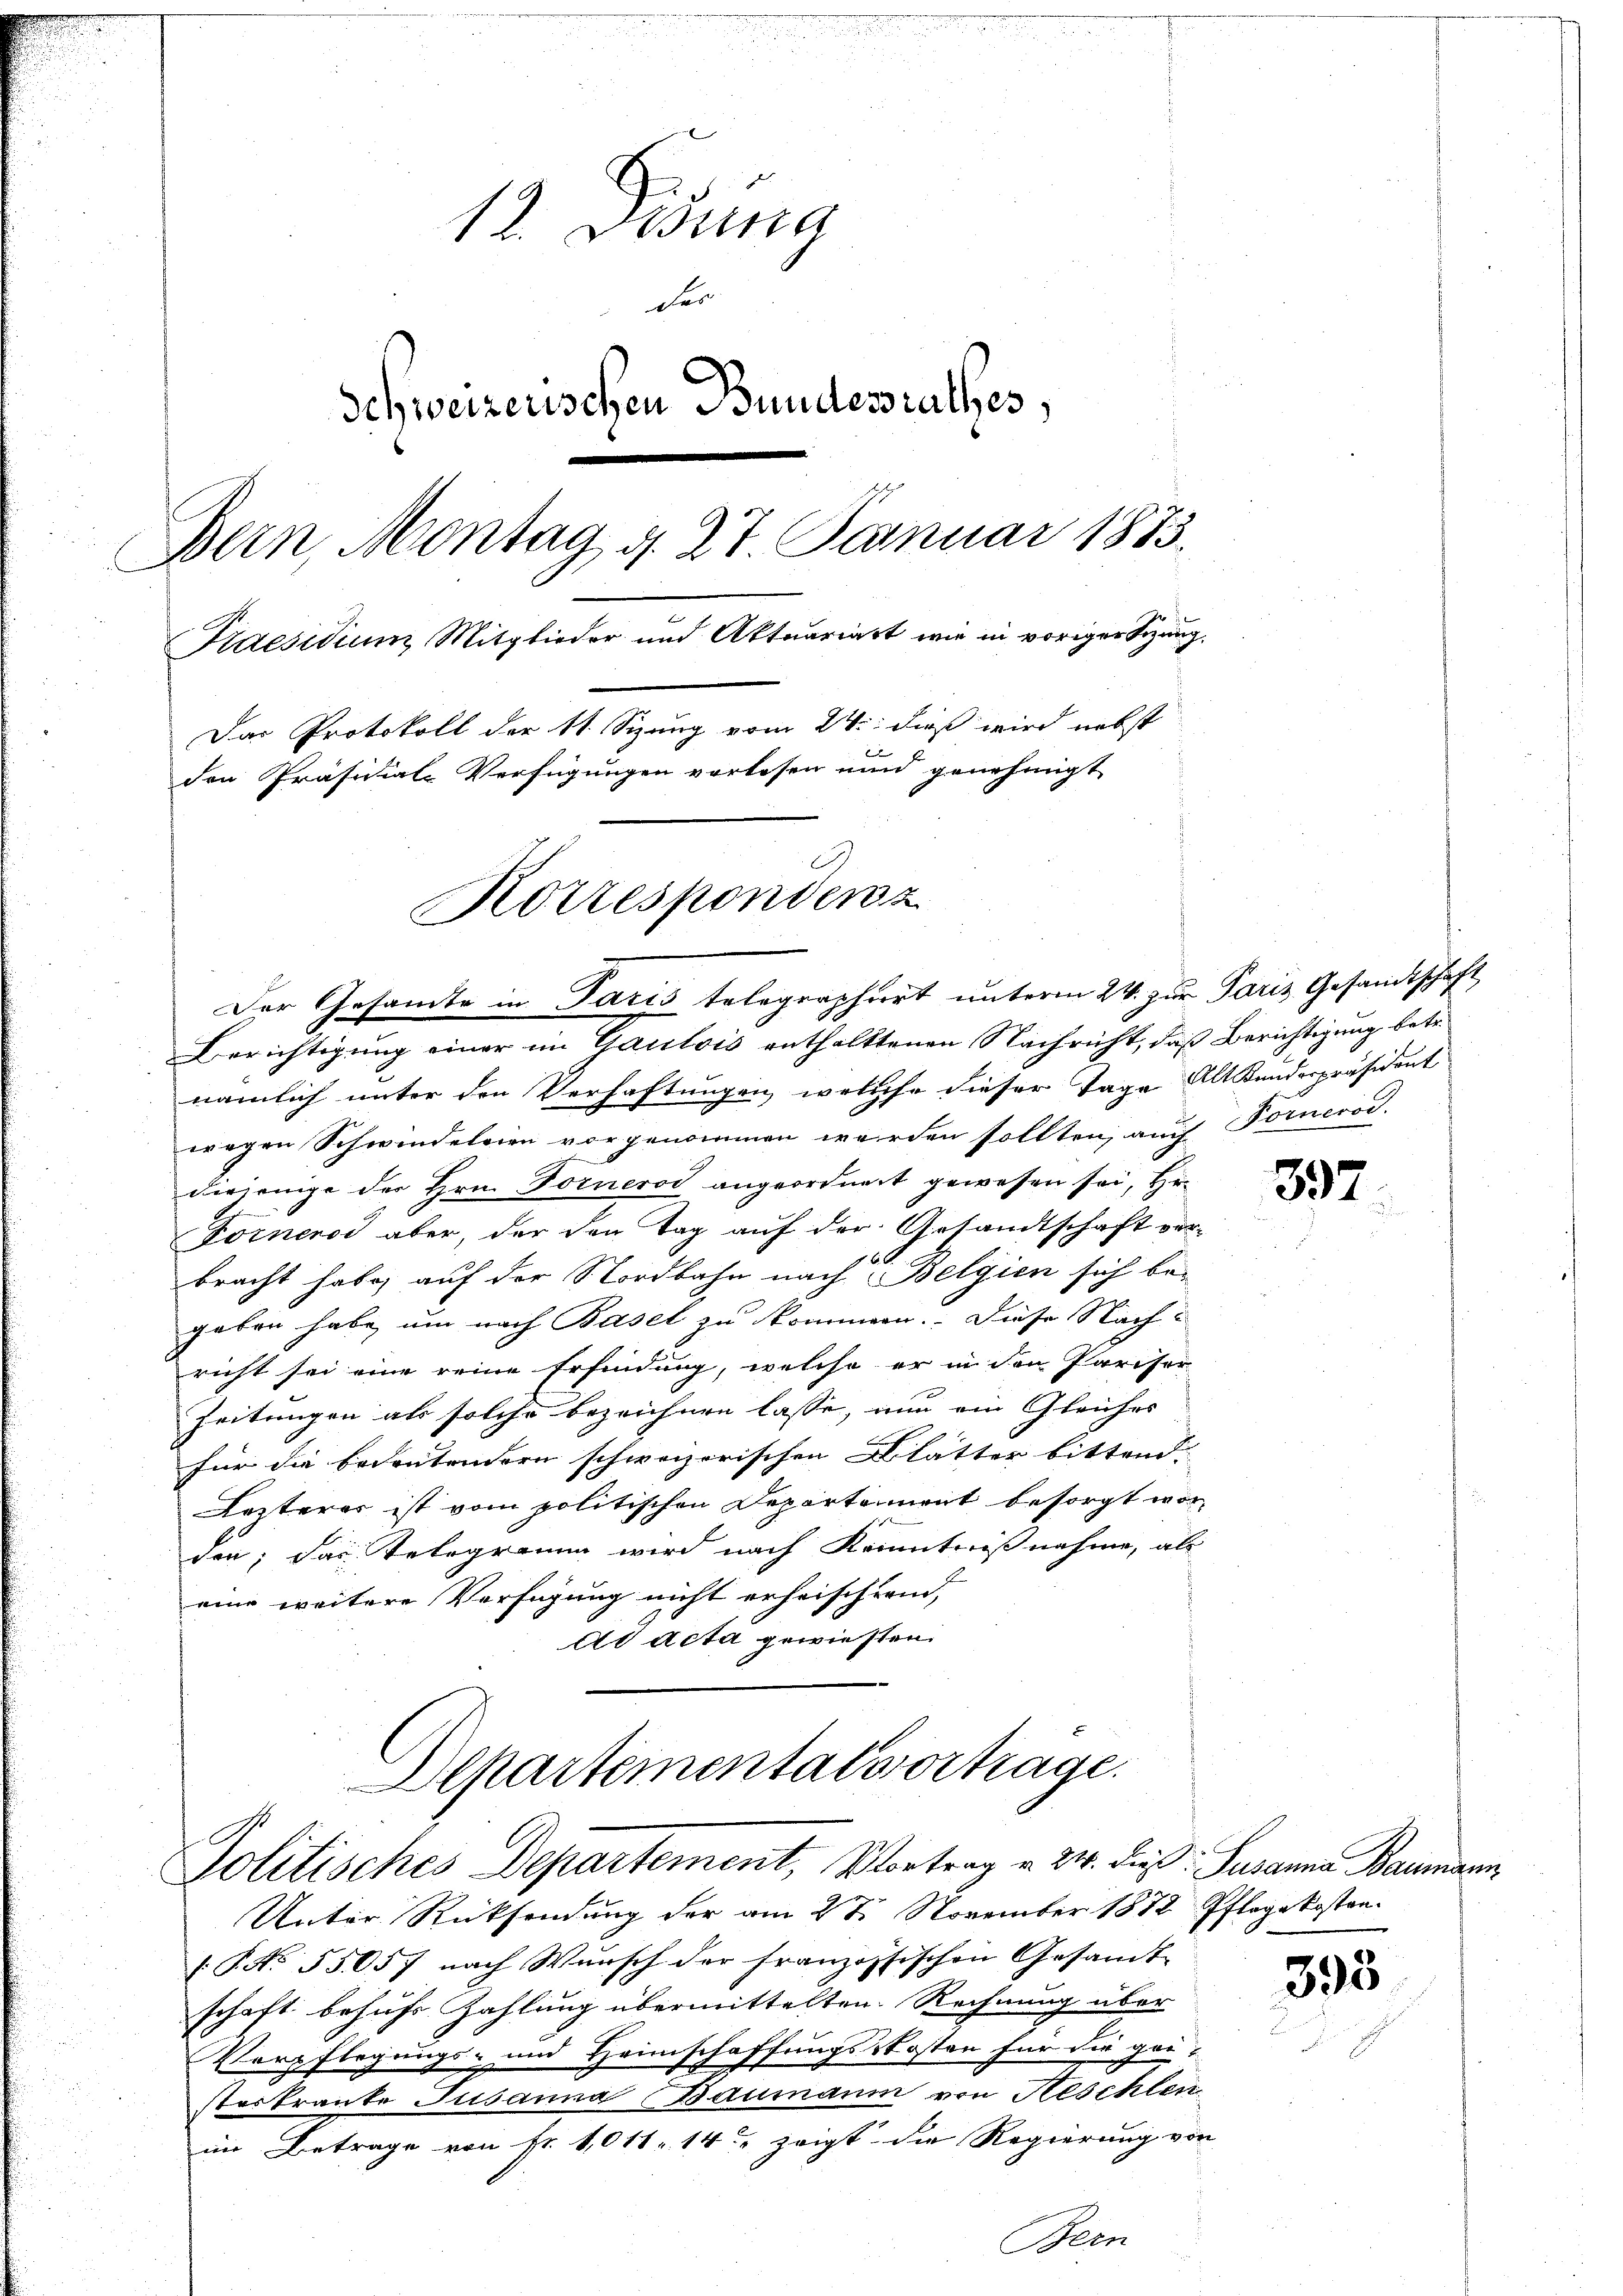
12. Dessina
der
Schweizerischen Bundesrathes,
Bern, Montag d. 27. Januar 1873.
Praesidium Mitglieder und Aktuariast, wie in voriger Sitzung.
Das Protokoll der 11. Sizung vom 24. dieß wird nebst
den Präsidial-Verfügungen vorlesen unnd genehmigt

Der Gesamte in Paris telegraphirt unterm 24. zur Paris Gesandtschaft
Berichtigung einer im Gaulois enthalttenen Nachricht, daß Berichtigung betr.
nämlich unter den Verhaftungen, welche dieser Tage Alt Kunderpräsident
wegen Schwindeleien vorgenommen werden sollten, auch Fornerod.
diejenige der Hrn. Forneros angeordnet gewesen sei, Hr.
Fornendi aber, der den Tag auf der Gesandtschaft vorbracht habe, auf der Nordbahn nach Belgien sich be-
geben habe, um nach Basel zu kommen. Diese Nachricht sei eine reine Erfindung, welche er in den Pariser-
Zeitungen als solche bezeichnen lasse, nun ein Gleiches
für die bedeutendern schweizerischen Blätter bittend.
Lezterer ist vom politischen Departennent besorgt wor-
den; das Telegramm wird nach Kenntnißnahme, als
eine weitere Verfügung nicht erheischtend,
Ad Acta gewiesen.

Korrespondenz

Departemental vortrage.
Politisches Departement, Vortrag u. 24. dieß. Susanna Baumann

Unter Rücksendung der am 27. November 1872 Pflegekosten.
[P No. 55057 nach Wunsch der Franzossischen Gesamt-
schaft behufs Zahlung übermittelten Rechnung über
Verpflegungs- und Heimschaffungs-Kosten für die geisterkrante Jusanna Baumann von Heschlen
im Betrage von Fr. 1011 14t zeigt die Regierung von
Bern

397

393